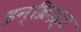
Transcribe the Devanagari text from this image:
इन्क्रिझ्ड